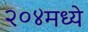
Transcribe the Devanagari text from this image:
२०४मध्ये